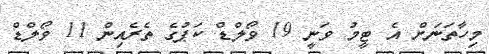
މިހާތަނަށް އެ ޓީމު ވަނީ 19 ވޯލްޑް ކަޕުގެ ތެރެއިން 11 ވޯލްޑް